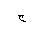
Letter: _gim